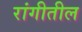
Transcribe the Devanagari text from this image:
रांगीतील